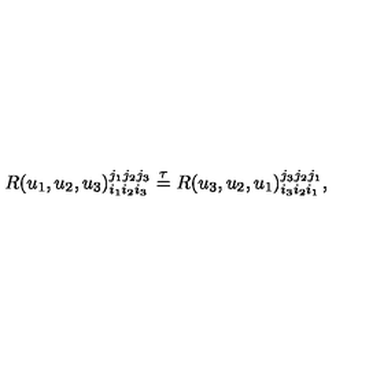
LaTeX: R ( u _ { 1 } , u _ { 2 } , u _ { 3 } ) _ { i _ { 1 } i _ { 2 } i _ { 3 } } ^ { j _ { 1 } j _ { 2 } j _ { 3 } } \stackrel { \tau } { = } R ( u _ { 3 } , u _ { 2 } , u _ { 1 } ) _ { i _ { 3 } i _ { 2 } i _ { 1 } } ^ { j _ { 3 } j _ { 2 } j _ { 1 } } ,